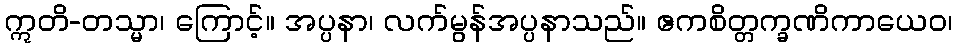
ဣတိ-တသ္မာ၊ ကြောင့်။ အပ္ပနာ၊ လက်မွန်အပ္ပနာသည်။ ဧကစိတ္တက္ခဏိကာယေဝ၊